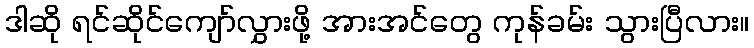
ဒါဆို ရင်ဆိုင်ကျော်လွှားဖို့ အားအင်တွေ ကုန်ခမ်း သွားပြီလား။